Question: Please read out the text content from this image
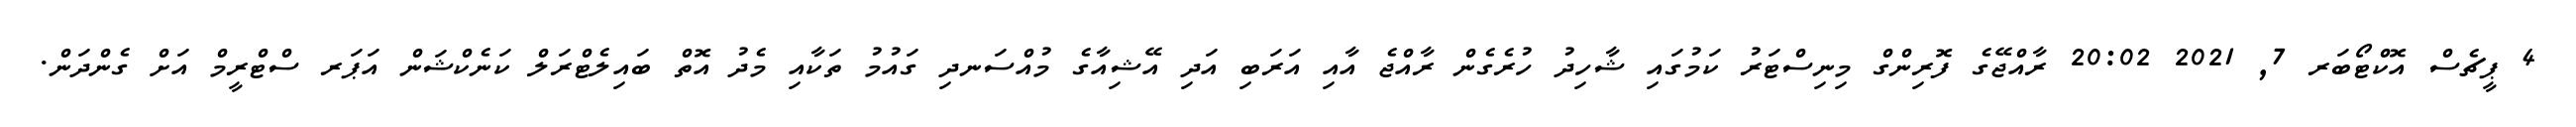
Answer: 4 ޕީޗެސް އޮކްޓޯބަރ 7, 2021 20:02 ރާއްޖޭގެ ފޮރިންގް މިނިސްޓަރު ކަމުގައި ޝާހިދު ހުރެގެން ރާއްޖެ އާއި އަރަބި އަދި އޭޝިއާގެ މުއްސަނދި ގައުމު ތަކާއި މެދު އޮތް ބައިލެޓްރަލް ކަނެކްޝަން އަޕަރ ސްޓްރީމް އަށް ގެންދަން.